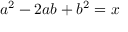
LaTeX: a ^ { 2 } - 2 a b + b ^ { 2 } = x \,